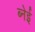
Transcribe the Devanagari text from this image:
ब्नेई